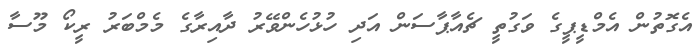
އެގޮތުން އެމްޑީޕީގެ ވަގުތީ ޗެއާޕާސަން އަދި ހުޅުހެންވޭރު ދާއިރާގެ މެމްބަރު ރީކޯ މޫސާ